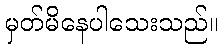
မှတ်မိနေပါသေးသည်။